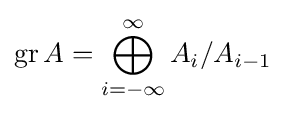
\operatorname {gr} A=\bigoplus _{i=-\infty }^{\infty }A_{i}/{A_{i-1}}